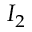
I _ { 2 }